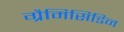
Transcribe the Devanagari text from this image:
ग्रैमिसिडिन